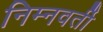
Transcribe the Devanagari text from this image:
निम्नवर्ती